Annual administration report of the Civil Veterinary Department of India - 1906-1907
Year: 1906
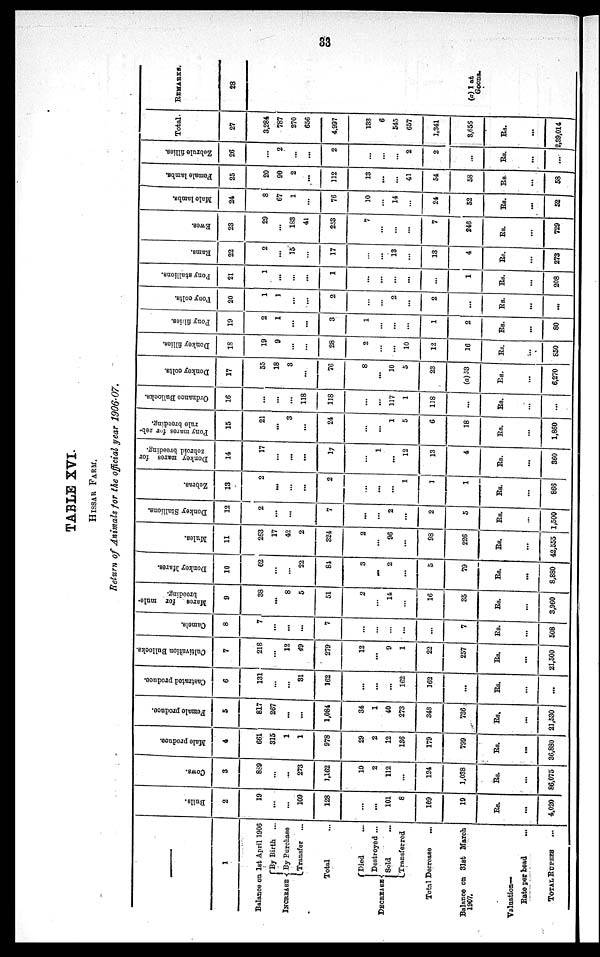
33
TABLE XVI.
HISSAR FARM.
Return of Animals for the official year 1906-07.
1
Balance on
1st April 1906
INCREASE {
By Birth ...
By Purchase
Transfer ...
Total
DECREASE{
Died ...
Destroyed ...
Sold
Transferred
Total Decrease
...
Balance on 31st March
1907.
Valuation—
Rate per head
...
TOTAL
RUPEES
...
Bulls.
2
19
...
...
109
128
...
...
101
8
169
19
Rs.
...
4,020
Cows.
3
889
...
...
273
1,162
10
2
112
...
124
1,038
Rs.
...
86,075
Male produce.
4
661
315
1
1
978
29
2
12
136
179
799
Rs.
...
36,880
Female produce.
5
817
267
...
...
1,084
34
1
40
273
348
736
Rs.
...
21,530
Castrated produce.
6
131
...
...
81
162
...
...
...
162
162
...
Rs.
...
...
Cultivation Bullocks.
7
218
...
12
49
279
12
...
9
1
22
257
Rs.
...
21,500
Camels.
8
7
...
...
...
7
...
...
...
...
...
7
Rs.
...
508
Mares
for mule-
breeding.
9
38
...
8
5
51
2
...
14
...
16
35
Rs.
...
3,960
Donkey Mares.
10
62
...
...
22
84
3
...
2
...
5
79
Rs.
...
8,880
Mules.
11
263
17
42
2
324
2
...
96
...
98
226
Rs.
...
42,555
Donkey Stallions.
12
2
...
...
...
7
...
...
2
...
2
5
Rs.
...
1,500
Zebras.
13
2
...
...
...
2
...
...
...
1
1
1
Rs.
...
866
Donkey mares for
zebroid breeding.
14
17
...
...
...
17
...
1
...
12
13
4
Rs.
...
360
Pony mares for zeb¬
rule breeding.
15
21
...
3
...
24
...
...
1
5
6
18
Rs.
...
1,860
Ordnance Bullocks.
16
...
...
...
118
118
...
...
117
1
118
...
Rs.
...
...
Donkey colts.
17
55
18
3
...
76
8
...
10
5
23
(a) 53
Rs.
...
6,270
Donkey fillies.
18
19
9
...
...
28
2
...
...
10
12
16
Rs.
...
850
Pony fillies.
19
2
1
...
...
3
1
...
...
...
1
2
Rs.
...
80
Pony colts.
20
1
1
...
2
...
...
2
...
2
...
Rs.
...
...
Pony stallions.
21
1
...
...
...
1
...
...
...
...
...
1
Rs.
...
208
Rams.
22
2
...
15
...
17
...
...
13
...
13
4
Rs.
...
273
Ewes.
23
29
...
183
41
253
7
...
...
...
7
246
Rs.
...
729
Male lambs.
24
8
67
1
...
76
10
...
14
...
24
52
Rs.
...
52
Female lambs.
25
20
90
2
...
112
13
...
...
41
54
58
Rs.
...
58
Zebrule fillies.
26
...
2
...
...
2
...
...
...
2
2
...
Rs.
...
...
Total
27
3,284
787
270
656
4.997
133
6
545
657
1,341
8,656
Rs.
...
2,39,014
REMARKS.
28
(a) 1 at
Goona.